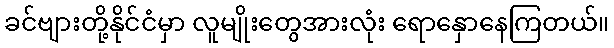
ခင်ဗျားတို့နိုင်ငံမှာ လူမျိုးတွေအားလုံး ရောနှောနေကြတယ်။